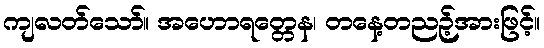
ကျလတ်သော်။ အဟောရတ္တေန၊ တနေ့တညဉ့်အားဖြင့်။